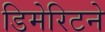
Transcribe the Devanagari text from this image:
डिमेरिटने